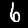
Label: 6